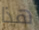
هذا